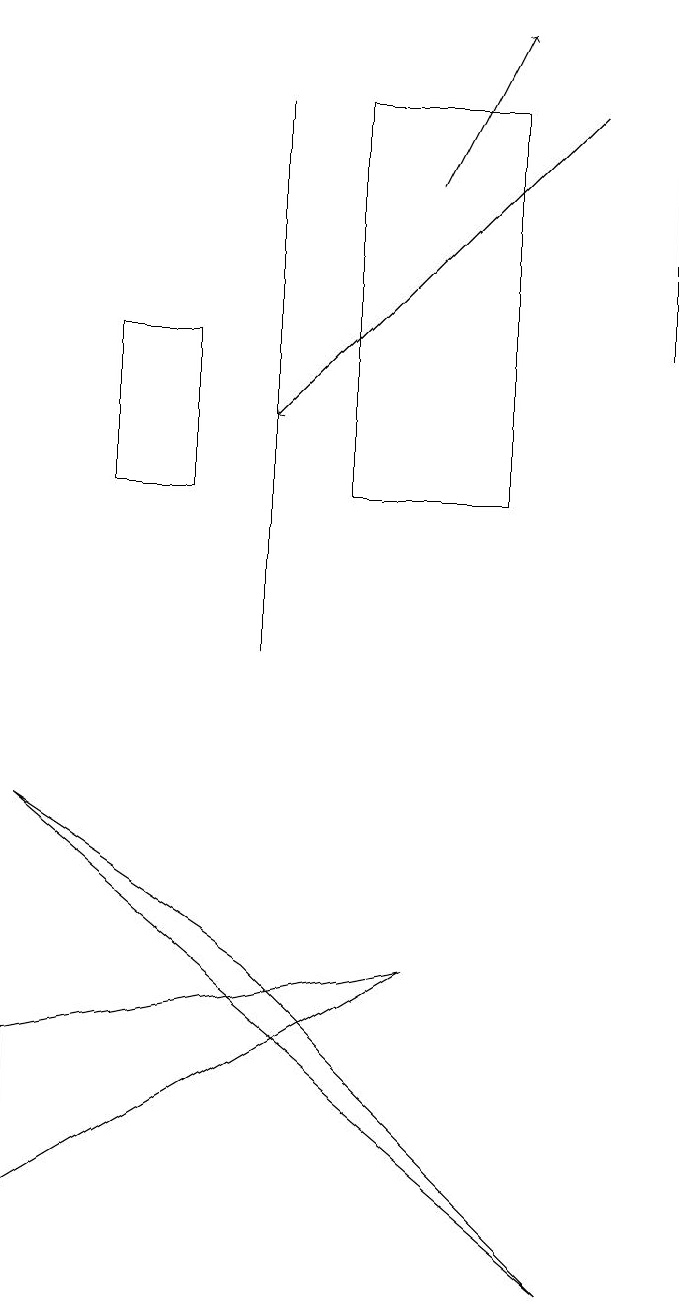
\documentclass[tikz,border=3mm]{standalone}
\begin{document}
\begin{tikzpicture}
\draw[->] (7,17) -- (3,13);
\draw[->] (8,14) -- (8,18);
\draw[->] (5,16) -- (6,18);
\draw (3,6) -- (7,2) -- (0,8) -- cycle;
\draw (1,14) rectangle (2,12);
\draw (6,17) rectangle (4,12);
\draw (3,10) rectangle (3,17);
\draw (0,3) -- (0,5) -- (5,6) -- cycle;
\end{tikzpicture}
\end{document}